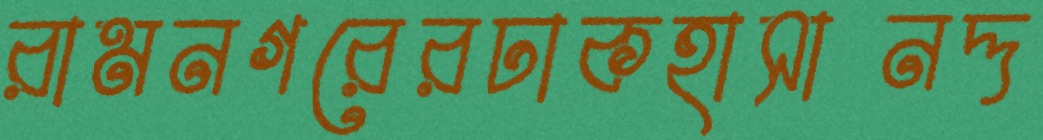
রামনগরেরঢাকহাসানদ্দ